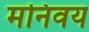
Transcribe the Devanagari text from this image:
मनिवय